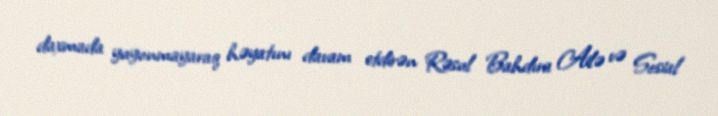
daxmada yuyunmayaraq həyatını davam etdirən Rəsul Bahdıra Ailə və Sosial